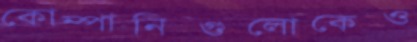
কোম্পানিগুলোকেও